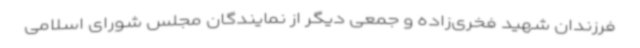
فرزندان شهید فخری‌زاده و جمعی دیگر از نمایندگان مجلس شورای اسلامی